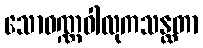
သောဝဏ္ဏဝါလုကသန္ထတာ